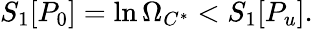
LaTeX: S_{1}[P_{0}]=\ln\Omega_{C^{*}}<S_{1}[P_{u}].